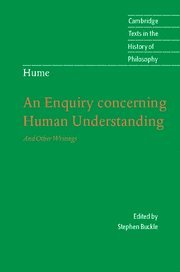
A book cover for Hume: An Enquiry Concerning Human Understanding: And Other Writings (Cambridge Texts in the History of Philosophy); Politics & Social Sciences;